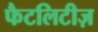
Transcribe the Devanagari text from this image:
फैटलिटीज़